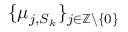
\{ \mu _ { j , S _ { k } } \} _ { j \in \mathbb { Z } \backslash \{ 0 \} }